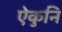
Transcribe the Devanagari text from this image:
ऐकुनि